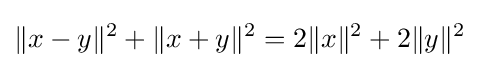
\lVert x-y\rVert ^{2}+\lVert x+y\rVert ^{2}=2\lVert x\rVert ^{2}+2\lVert y\rVert ^{2}\